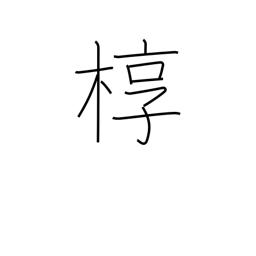
Meaning: outer box for a coffin